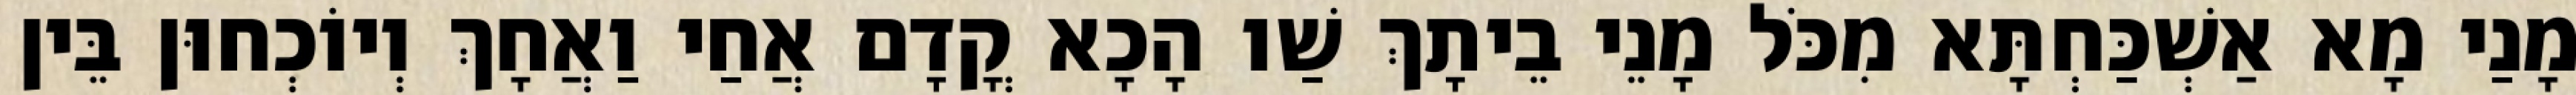
מָנַי מָא אַשְׁכַּחְתָּא מִכֹּל מָנֵי בֵיתָךְ שַׁו הָכָא קֳדָם אֲחַי וַאֲחָךְ וְיוֹכְחוּן בֵּין